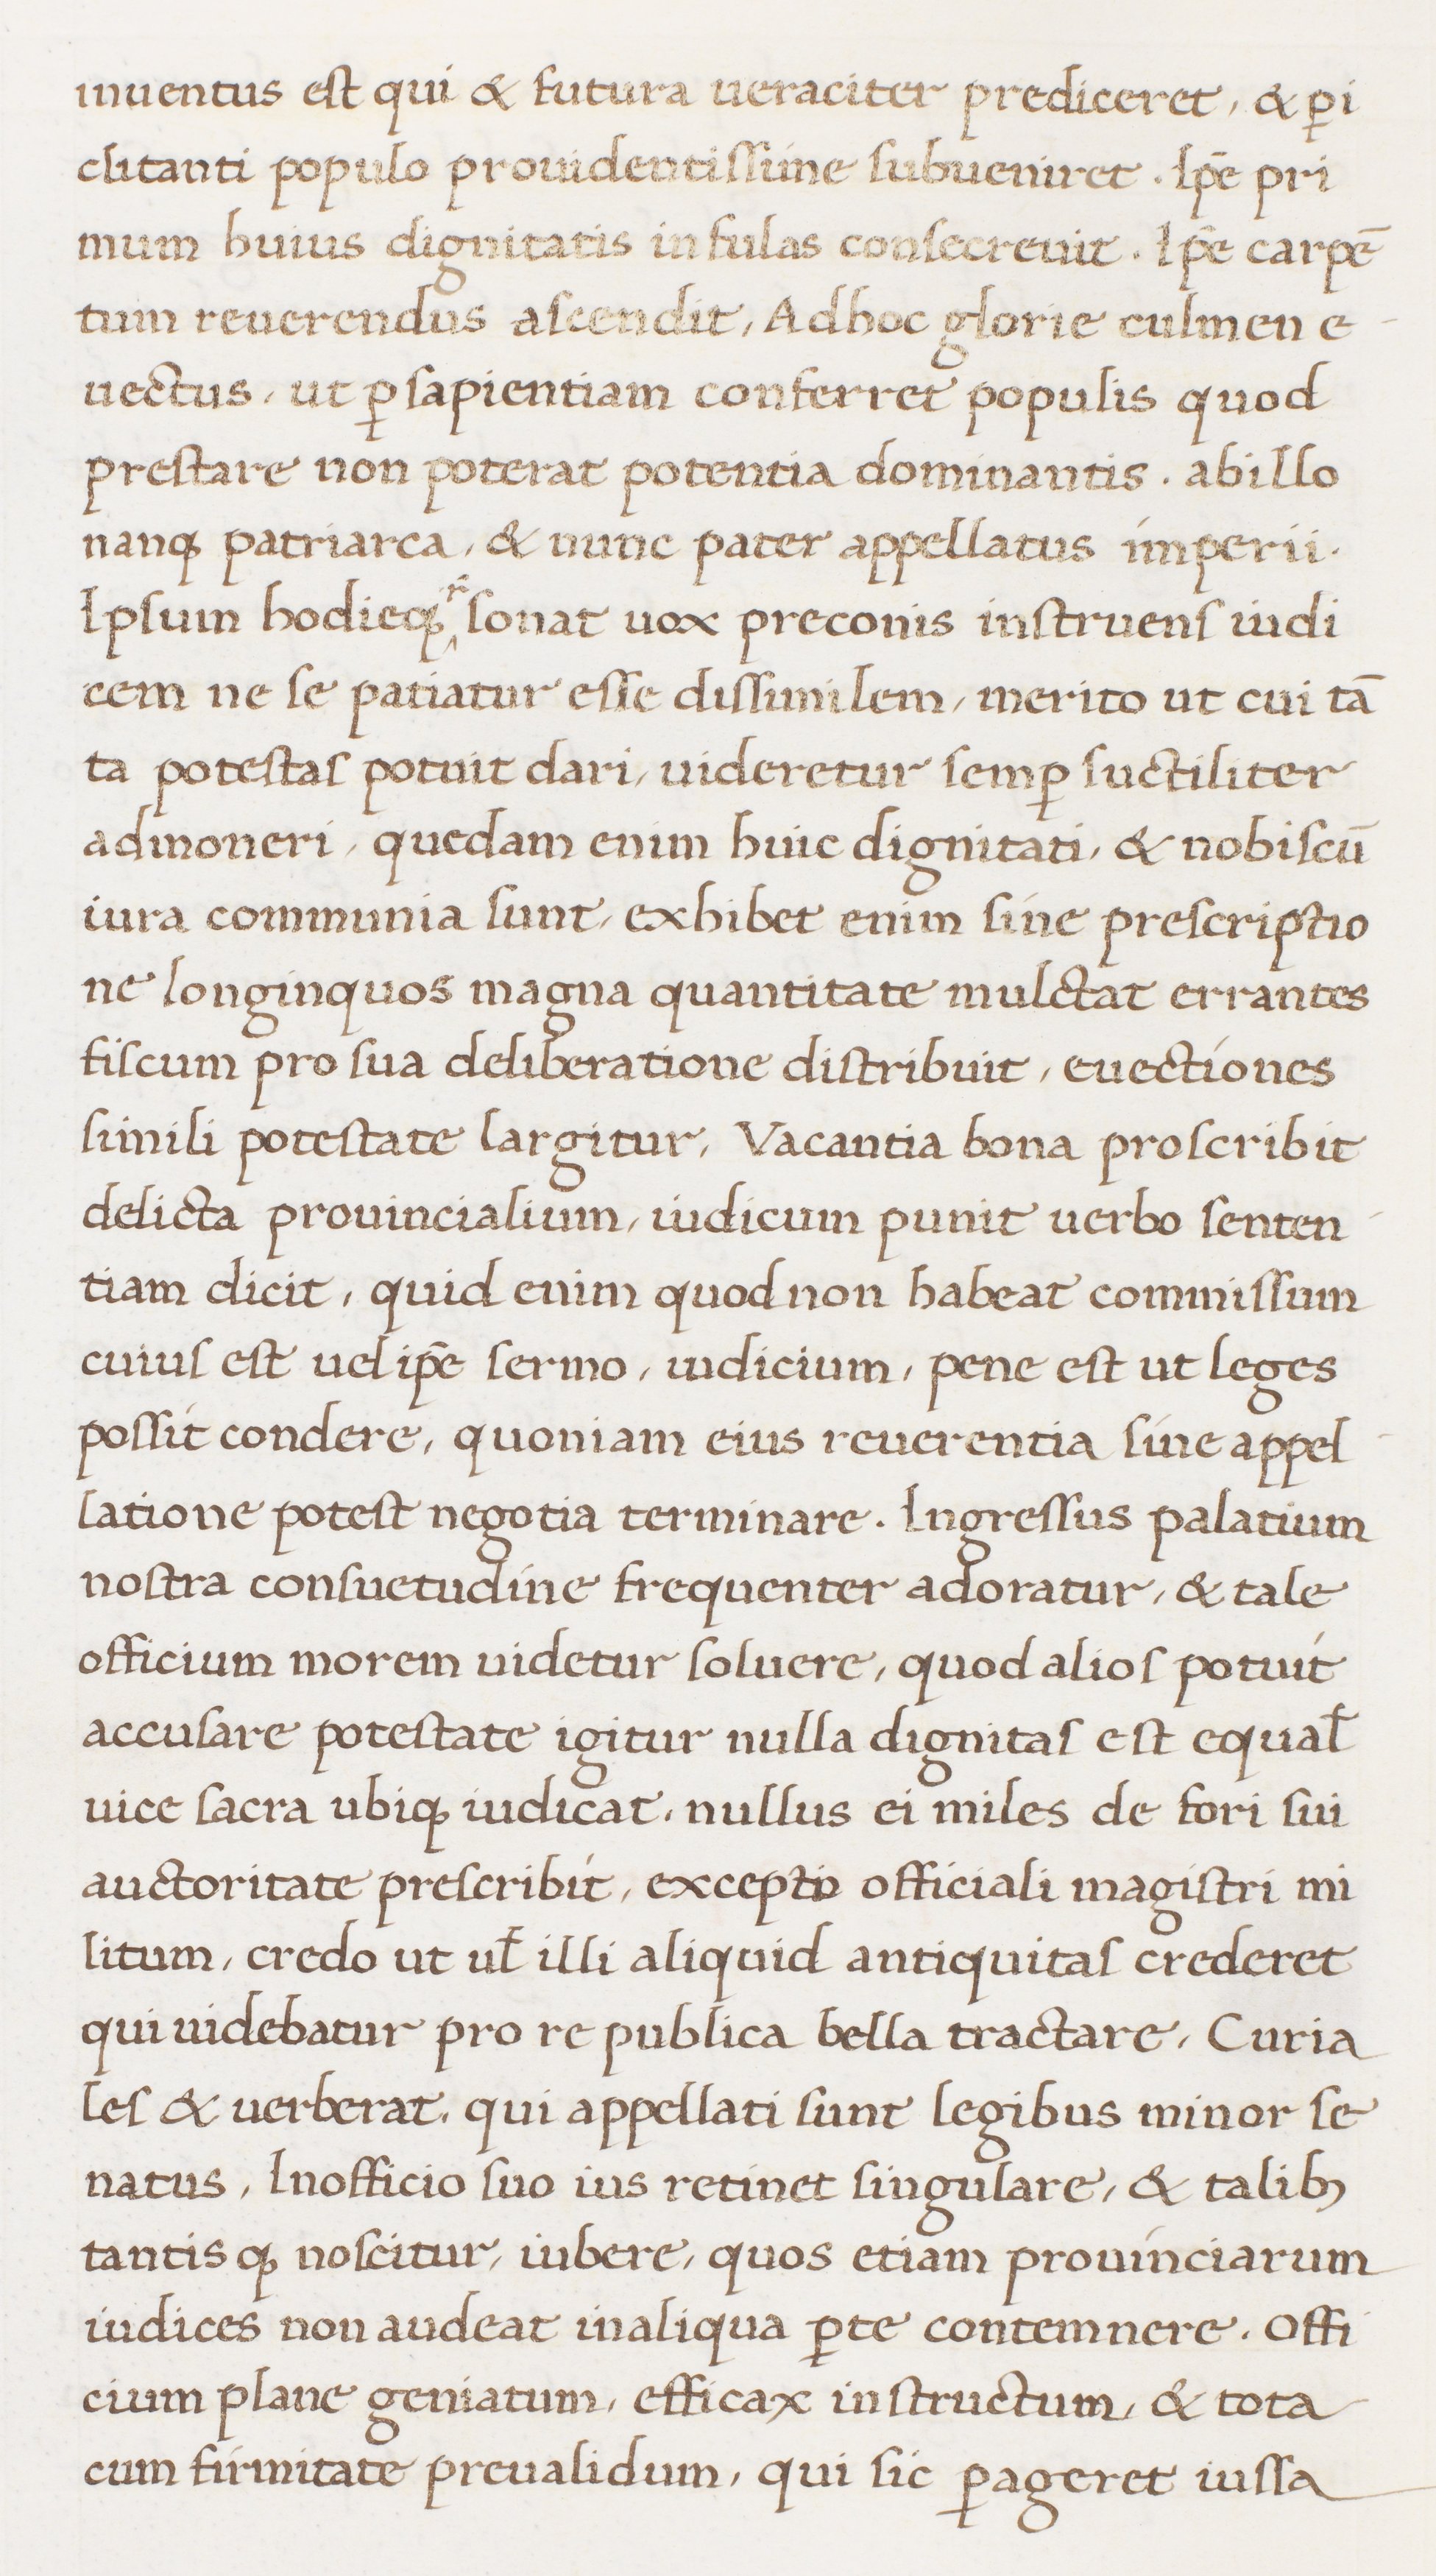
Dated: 1513–1521